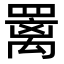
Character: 䍠